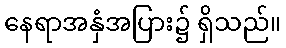
နေရာအနှံအပြား၌ ရှိသည်။